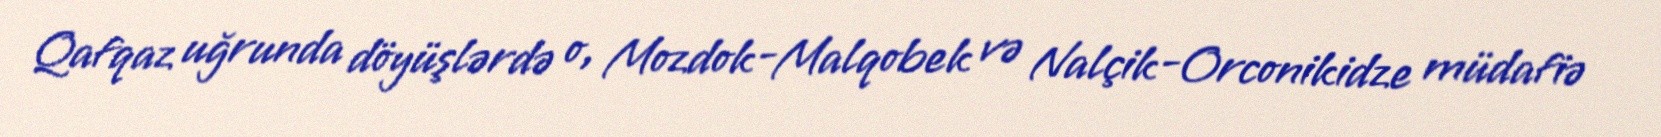
Qafqaz uğrunda döyüşlərdə o, Mozdok-Malqobek və Nalçik-Orconikidze müdafiə